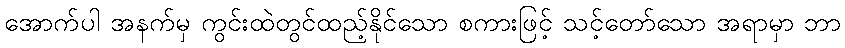
အောက်ပါ အနက်မှ ကွင်းထဲတွင်ထည့်နိုင်သော စကားဖြင့် သင့်တော်သော အရာမှာ ဘာ